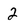
Character: 2